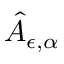
\hat { A } _ { \epsilon , \alpha }